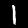
Label: 1